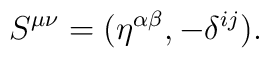
S^{\mu \nu} = (\eta ^{\alpha \beta} , -\delta ^{ij} ).